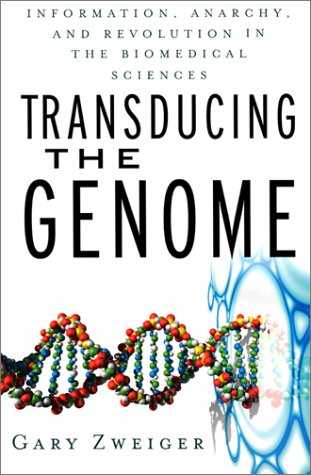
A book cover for Transducing the Genome: Information, Anarchy, and Revolution in The Biomedical Sciences; Gary Zweiger; Medical Books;